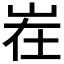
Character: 𱛜